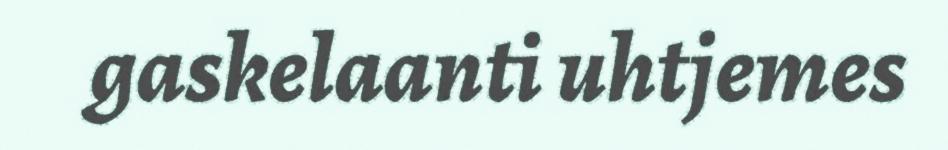
gaskelaanti uhtjemes